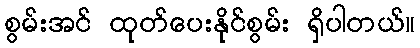
စွမ်းအင် ထုတ်ပေးနိုင်စွမ်း ရှိပါတယ်။